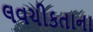
લવચીકતાના